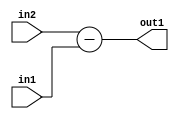
`timescale 1ps / 1ps
/*****************************************************************************
    Verilog RTL Description
    
    
    Created by: Stratus DpOpt 2019.1.01 
*******************************************************************************/

module st_feature_addr_gen_Sub_16Ux1U_17S_4_0 (
	in2,
	in1,
	out1
	); /* architecture "behavioural" */ 
input [15:0] in2;
input  in1;
output [16:0] out1;
wire [16:0] asc001;

assign asc001 = 
	+(in2)
	-(in1);

assign out1 = asc001;
endmodule

/* CADENCE  ubH5Sgo= : u9/ySgnWtBlWxVPRXgAZ4Og= ** DO NOT EDIT THIS LINE ******/